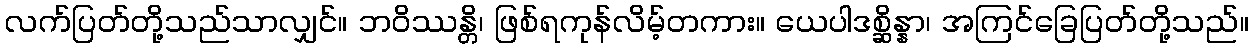
လက်ပြတ်တို့သည်သာလျှင်။ ဘဝိဿန္တိ၊ ဖြစ်ရကုန်လိမ့်တကား။ ယေပါဒစ္ဆိန္နာ၊ အကြင်ခြေပြတ်တို့သည်။